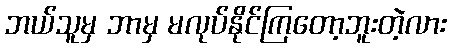
ဘယ်သူမှ ဘာမှ မလုပ်နိုင်ကြတော့ဘူးတဲ့လား